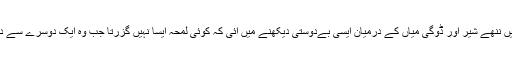
روس میں ننھے شیر اور ڈوگی میاں کے درمیان ایسی بےدوستی دیکھنے میں آئی کہ کوئی لمحہ ایسا نہیں گزرتا جب وہ ایک دوسرے سے دور ہوں۔